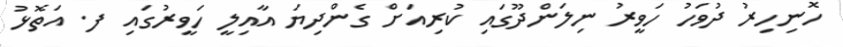
ހޮނިހިރު ދުވަހު ހަވީރު ނިލަންދޫގައި ކުރިއަށް ގެންދިޔަ އާއިލީ ހަވީރުގައި ފ. އަތޮޅު